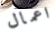
اعمال